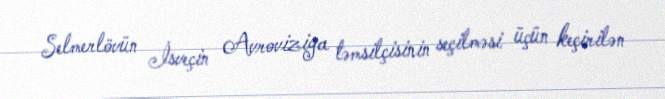
Selmerlövün İsveçin Avroviziya təmsilçisinin seçilməsi üçün keçirilən